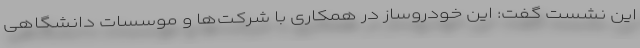
این نشست گفت: این خودروساز در همکاری با شرکت‌ها و موسسات دانشگاهی